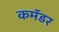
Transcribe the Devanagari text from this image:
कमॅंडर